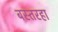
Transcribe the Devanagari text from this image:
बस्तरहा